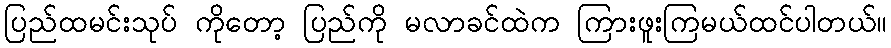
ပြည်ထမင်းသုပ် ကိုတော့ ပြည်ကို မလာခင်ထဲက ကြားဖူးကြမယ်ထင်ပါတယ်။